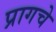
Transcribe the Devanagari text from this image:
प्रागचे